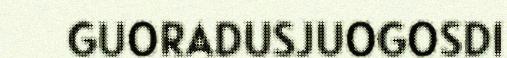
GUORADUSJUOGOSDI